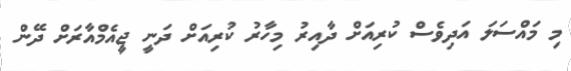
މި މައްސަލަ އަދިވެސް ކުރިއަށް ދާއިރު މިހާރު ކުރިއަށް ދަނީ ޖީއެމްއާރަށް ދޭން